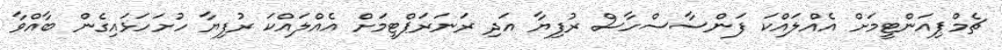
ޗެމްޕިއަންޓީމަށް އެއްލައްކަ ފަންސާސްހާސް ރުފިޔާ އަދި ރަނަރަޕްޓީމަށް އެއްލައްކަ ރުފިޔާ ހުށަހަޅައިގެން ބާއްވާ